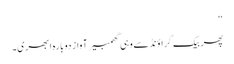
‘‘
پھر بیک گراؤنڈ سے وہی گھمبیر آواز دوبارہ ابھری۔